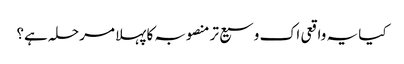
کیا یہ واقعی اک وسیع تر منصوبہ کا پہلا مرحلہ ہے؟